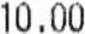
10.00